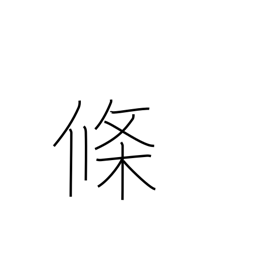
Meaning: counter for articles, clauses, paragraphs, etc.